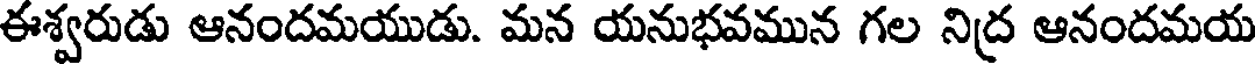
ఈశ్వరుడు ఆనందమయుడు. మన యనుభవమున గల నిద్ర ఆనందమయ